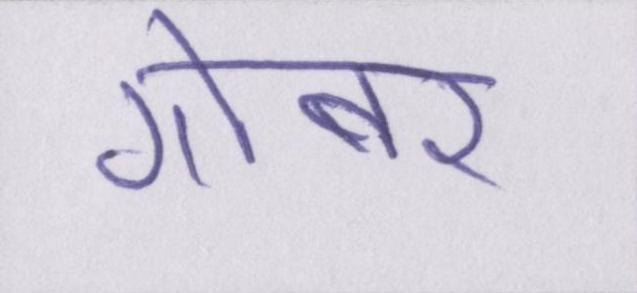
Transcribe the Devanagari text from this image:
गोबर